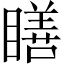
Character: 𥊳